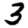
Digit: 3